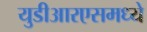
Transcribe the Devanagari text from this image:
युडीआरएसमध्ये